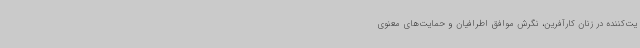
یت‌کننده در زنان کارآفرین، نگرش موافق اطرافیان و حمایت‌های معنوی